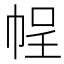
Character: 𭘡